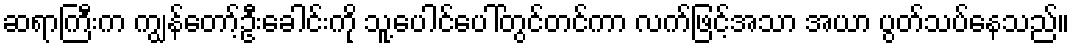
ဆရာကြီးက ကျွန်တော့်ဦးခေါင်းကို သူ့ပေါင်ပေါ်တွင်တင်ကာ လက်ဖြင့်အသာ အယာ ပွတ်သပ်နေသည်။